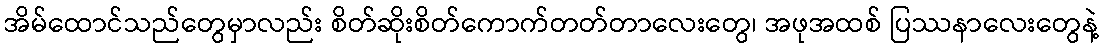
အိမ်ထောင်သည်တွေမှာလည်း စိတ်ဆိုးစိတ်ကောက်တတ်တာလေးတွေ၊ အဖုအထစ် ပြဿနာလေးတွေနဲ့